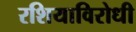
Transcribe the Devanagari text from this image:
रशियाविरोधी